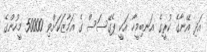
އަދި އޭނާގެ ކުރީގެ އަނބިމީހާ އަކީ ޕެގޭސަސް ގެ އަމާޒަކަށްވި 50000 މީހުންގެ